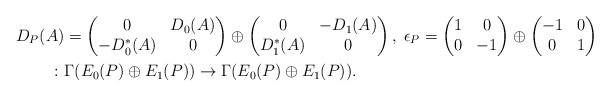
\begin{align*}D_P(A)&=\begin{pmatrix} 0&D_0(A)\\-D^*_0(A)&0 \end{pmatrix} \oplus \begin{pmatrix} 0&-D_1(A)\\D^*_1(A)&0 \end{pmatrix} , \;\epsilon_P =\begin{pmatrix}1&0\\0&-1\end{pmatrix}\oplus \begin{pmatrix}-1&0\\0&1\end{pmatrix} \\ \colon &\Gamma(E_0(P) \oplus E_1(P)) \to \Gamma(E_0(P) \oplus E_1(P)).\end{align*}